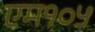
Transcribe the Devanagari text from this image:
एम१०५